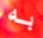
به